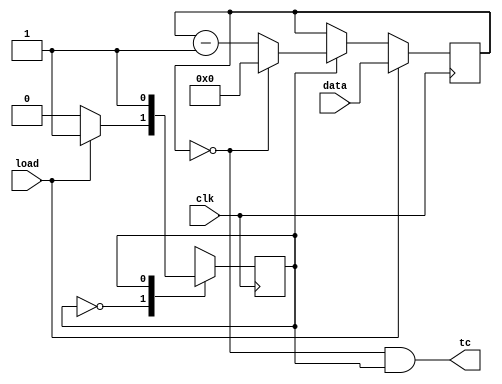
module top_module(
	input clk, 
	input load, 
	input [9:0] data, 
	output tc
);
    parameter IDLE = 1'd0 ,COUNTER  =1'd1;
    reg state , next;
    reg [9:0] counter;
    
    always @(*) begin
        case(state)
            IDLE:next = load ? COUNTER : IDLE;
            COUNTER:next = COUNTER;
            default:next = IDLE;
        endcase
    end
    
    always @(posedge clk) begin 
        state <= next;
        if(load)
            counter <= data;
        else begin
            if(state==COUNTER)
            	counter <= (counter==0)? 10'd0 :counter - 10'd1;
        end
            
    end
    
    assign tc = (counter==0 &&  state == COUNTER);
    
endmodule